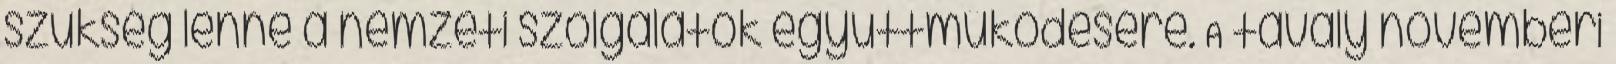
szükség lenne a nemzeti szolgálatok együttműködésére. A tavaly novemberi